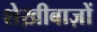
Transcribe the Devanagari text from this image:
शेख़ीबाज़ों